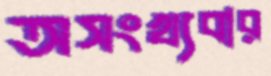
অসংখ্যবার